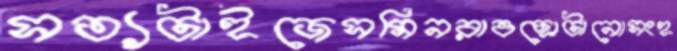
সত্যটাইজেসমিনরাওছোটানোসংহ